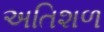
અતિશળ